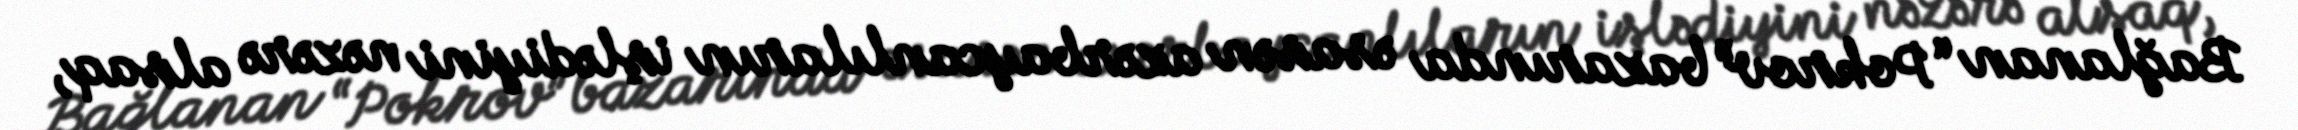
Bağlanan “Pokrov” bazarında əsasən azərbaycanlıların işlədiyini nəzərə alsaq,